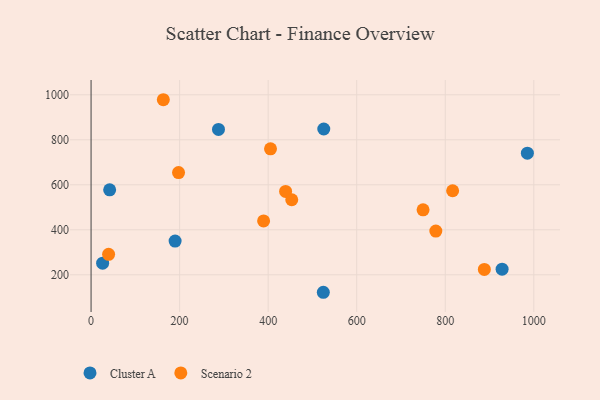
{"axis": {"x": "Price", "y": "Profit"}, "legend": ["Cluster A", "Scenario 2"], "data": [{"x": "525.6", "y": 847.9, "type": "Cluster A"}, {"x": "42.0", "y": 577.5, "type": "Cluster A"}, {"x": "928.4", "y": 225.2, "type": "Cluster A"}, {"x": "287.8", "y": 846.1, "type": "Cluster A"}, {"x": "26.1", "y": 251.9, "type": "Cluster A"}, {"x": "189.8", "y": 350.0, "type": "Cluster A"}, {"x": "524.6", "y": 122.4, "type": "Cluster A"}, {"x": "985.5", "y": 740.7, "type": "Cluster A"}, {"x": "816.7", "y": 573.6, "type": "Scenario 2"}, {"x": "439.4", "y": 570.8, "type": "Scenario 2"}, {"x": "749.9", "y": 489.0, "type": "Scenario 2"}, {"x": "197.6", "y": 654.5, "type": "Scenario 2"}, {"x": "389.7", "y": 439.7, "type": "Scenario 2"}, {"x": "778.7", "y": 394.4, "type": "Scenario 2"}, {"x": "405.3", "y": 759.7, "type": "Scenario 2"}, {"x": "39.6", "y": 291.0, "type": "Scenario 2"}, {"x": "888.3", "y": 224.1, "type": "Scenario 2"}, {"x": "163.2", "y": 978.1, "type": "Scenario 2"}, {"x": "453.3", "y": 533.6, "type": "Scenario 2"}]}